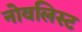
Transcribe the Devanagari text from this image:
नोवलिस्ट